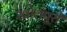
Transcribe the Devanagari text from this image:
खोलपुरी